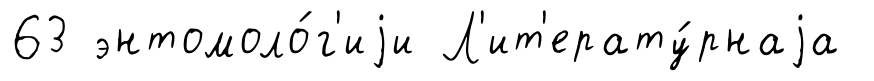
63 энтомоло́г'иjи Л'ит'ерату́рнаjа